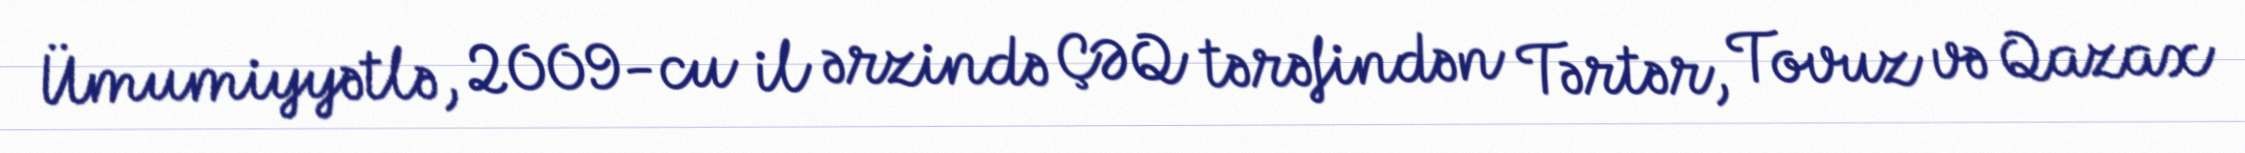
Ümumiyyətlə, 2009-cu il ərzində ÇƏQ tərəfindən Tərtər, Tovuz və Qazax